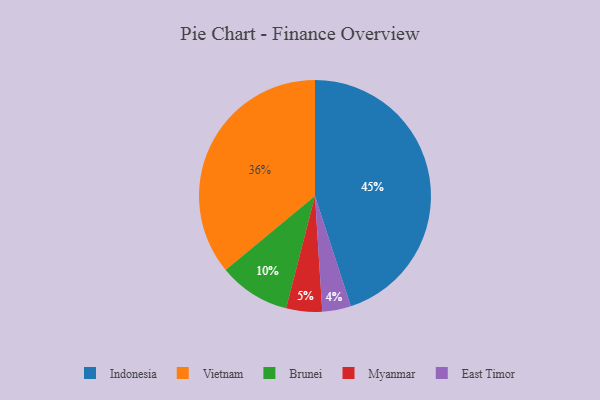
{"axis": {"x": "Category", "y": "Percentage"}, "legend": ["Brunei", "East Timor", "Indonesia", "Myanmar", "Vietnam"], "data": [{"x": "Myanmar", "y": 5, "type": "Myanmar"}, {"x": "East Timor", "y": 4, "type": "East Timor"}, {"x": "Vietnam", "y": 36, "type": "Vietnam"}, {"x": "Brunei", "y": 10, "type": "Brunei"}, {"x": "Indonesia", "y": 45, "type": "Indonesia"}]}